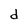
Character: d